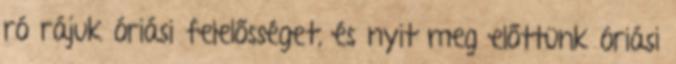
ró rájuk óriási felelősséget, és nyit meg előttünk óriási